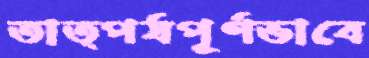
তাত্পর্যপূর্ণভাবে